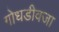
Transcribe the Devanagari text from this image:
गोधडीवजा